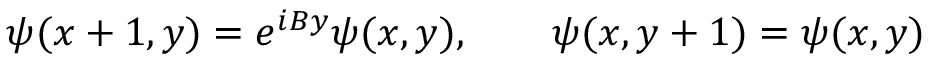
\psi ( x + 1 , y ) = e ^ { i B y } \psi ( x , y ) , \qquad \psi ( x , y + 1 ) = \psi ( x , y )